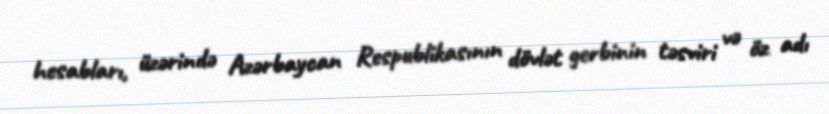
hesabları, üzərində Azərbaycan Respublikasının dövlət gerbinin təsviri və öz adı